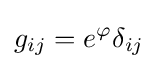
g_{ij}=e^{\varphi }\delta _{ij}